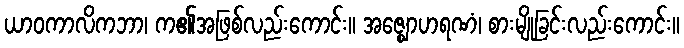
ယာဝကာလိကဘာ၊ က၏အဖြစ်လည်းကောင်း။ အဇ္ဈောဟရဏံ၊ စားမျိုခြင်းလည်းကောင်း။